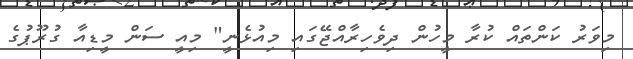
މިވަރު ކަންތައް ކުރާ މީހުން ދިވެހިރާއްޖޭގައި މިއުޅެނީ" މިއީ ސަން މީޑިއާ ގުރޫޕުގެ